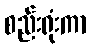
စည်းရုံးကာ